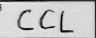
Transcription: CCL